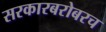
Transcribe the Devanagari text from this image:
सरकारबरोबरच